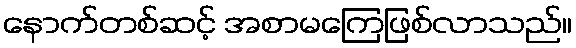
နောက်တစ်ဆင့် အစာမကြေဖြစ်လာသည်။